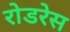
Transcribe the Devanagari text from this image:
रोडरेस